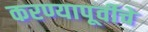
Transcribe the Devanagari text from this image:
करण्यापूर्वीचे